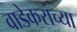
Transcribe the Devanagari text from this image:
वाडेकरांच्या